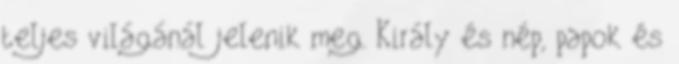
teljes világánál jelenik meg. Király és nép, papok és